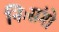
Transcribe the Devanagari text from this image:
निःसंगो